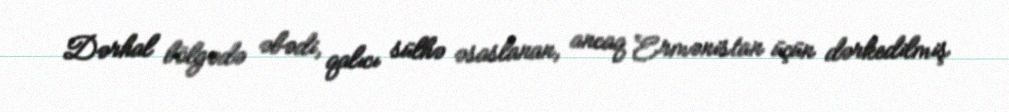
Dərhal bölgədə əbədi, qalıcı sülhə əsaslanan, ancaq Ermənistan üçün dərkedilmiş